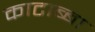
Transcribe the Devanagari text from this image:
काटाब्बा